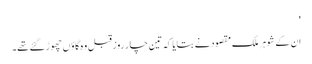
'
ان کے شوہر ملک مقصود نے بتایا کہ تین چار روز قبل وہ گاؤں چھوڑ گئے تھے۔